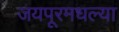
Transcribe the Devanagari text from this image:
जयपूरमधल्या